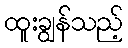
ထူးချွန်သည့်